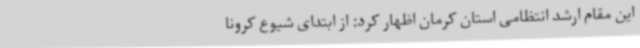
این مقام ارشد انتظامی استان کرمان اظهار کرد: از ابتدای شیوع کرونا